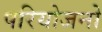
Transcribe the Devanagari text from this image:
परियोजनो